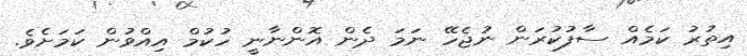
އިތުރު ކަމެއް ސާފުކުރަން ނުޖެހޭ ނަމަ ދެން އޮންނާނީ ހުކުމް އިއްވުން ކަމަށެވެ.